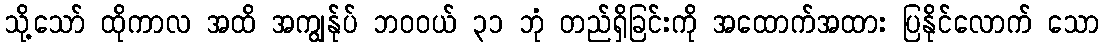
သို့သော် ထိုကာလ အထိ အကျွန်ုပ် ဘဝဝယ် ၃၁ ဘုံ တည်ရှိခြင်းကို အထောက်အထား ပြနိုင်လောက် သော